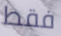
فقط